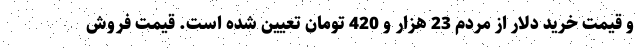
و قیمت خرید دلار از مردم 23 هزار و 420 تومان تعیین شده است. قیمت فروش